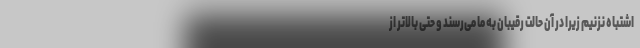
اشتباه نزنیم زیرا در آن حالت رقیبان به ما می‌رسند و حتی بالاتر از